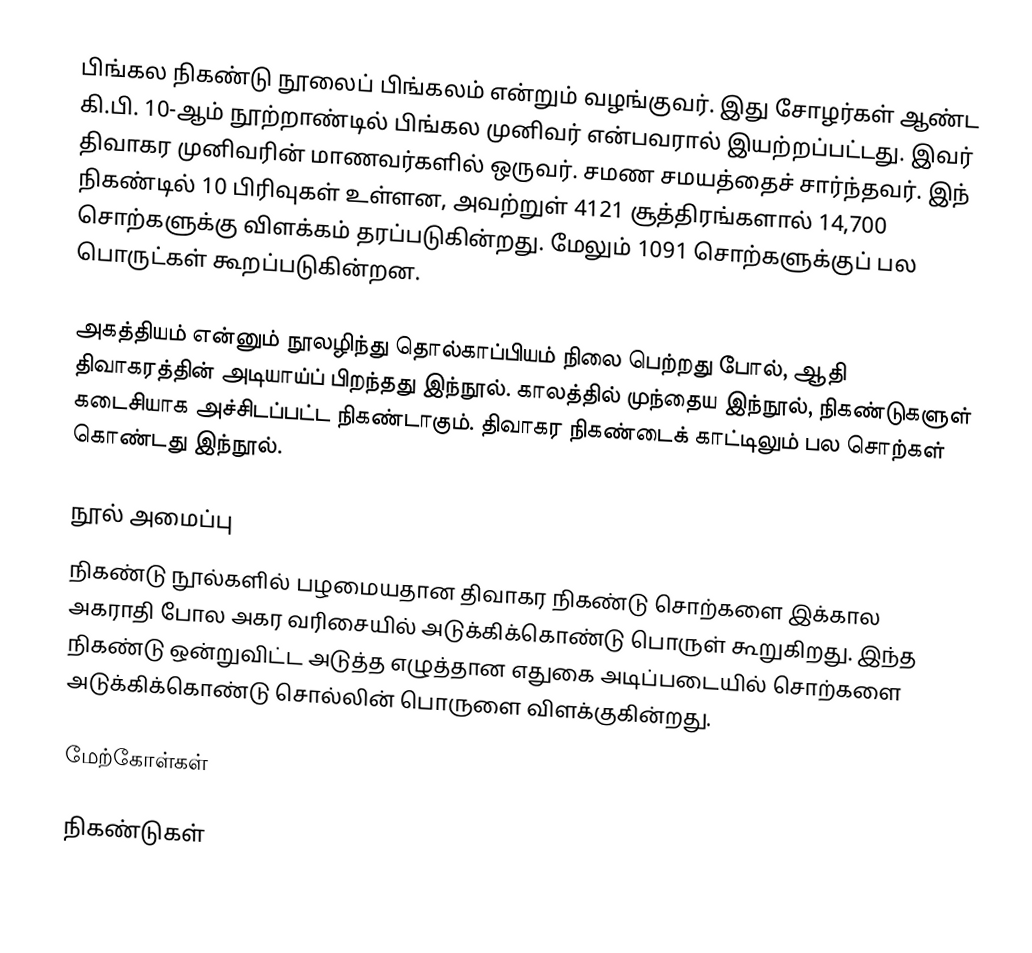
பிங்கல நிகண்டு நூலைப் பிங்கலம் என்றும் வழங்குவர். இது சோழர்கள் ஆண்ட கி.பி. 10-ஆம் நூற்றாண்டில் பிங்கல முனிவர் என்பவரால் இயற்றப்பட்டது. இவர் திவாகர முனிவரின் மாணவர்களில் ஒருவர். சமண சமயத்தைச் சார்ந்தவர். இந் நிகண்டில் 10 பிரிவுகள் உள்ளன, அவற்றுள் 4121 சூத்திரங்களால் 14,700 சொற்களுக்கு விளக்கம் தரப்படுகின்றது. மேலும் 1091 சொற்களுக்குப் பல பொருட்கள் கூறப்படுகின்றன.

அகத்தியம் என்னும் நூலழிந்து தொல்காப்பியம் நிலை பெற்றது போல், ஆதி திவாகரத்தின் அடியாய்ப் பிறந்தது இந்நூல். காலத்தில் முந்தைய இந்நூல், நிகண்டுகளுள் கடைசியாக அச்சிடப்பட்ட நிகண்டாகும்.  திவாகர நிகண்டைக்  காட்டிலும் பல சொற்கள் கொண்டது இந்நூல்.

நூல் அமைப்பு
நிகண்டு நூல்களில் பழமையதான திவாகர நிகண்டு சொற்களை இக்கால அகராதி போல அகர வரிசையில் அடுக்கிக்கொண்டு பொருள் கூறுகிறது. இந்த நிகண்டு ஒன்றுவிட்ட அடுத்த எழுத்தான எதுகை அடிப்படையில் சொற்களை அடுக்கிக்கொண்டு சொல்லின் பொருளை விளக்குகின்றது.

மேற்கோள்கள்

நிகண்டுகள்